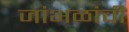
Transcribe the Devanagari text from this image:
जांभळांची